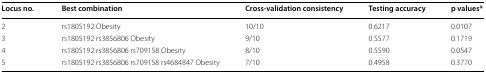
<table><thead><tr><td><b>Locus no.</b></td><td><b>Best combination</b></td><td><b>Cross-validation consistency</b></td><td><b>Testing accuracy</b></td><td><b>p values*</b></td></tr></thead><tbody><tr><td>2</td><td>rs1805192 Obesity</td><td>10/10</td><td>0.6217</td><td>0.0107</td></tr><tr><td>3</td><td>rs1805192 rs3856806 Obesity</td><td>9/10</td><td>0.5577</td><td>0.1719</td></tr><tr><td>4</td><td>rs1805192 rs3856806 rs709158 Obesity</td><td>8/10</td><td>0.5590</td><td>0.0547</td></tr><tr><td>5</td><td>rs1805192 rs3856806 rs709158 rs4684847 Obesity</td><td>7/10</td><td>0.4958</td><td>0.3770</td></tr></tbody></table>